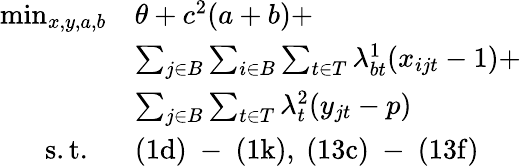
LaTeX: \begin{array}{rl}{\operatorname*{min}_{x,y,a,b}}&{\theta+{c}^{2}(a+b)+}\\ &{\sum_{j\in B}\sum_{i\in B}\sum_{t\in T}\lambda_{bt}^{1}(x_{ijt}-1)+}\\ &{\sum_{j\in B}\sum_{t\in T}\lambda_{t}^{2}(y_{jt}-p)}\\ {\mathrm{s.t.~}\ }&{\mathrm{(1d)~-~(1k),~(13c)~-~(13f)}}\end{array}